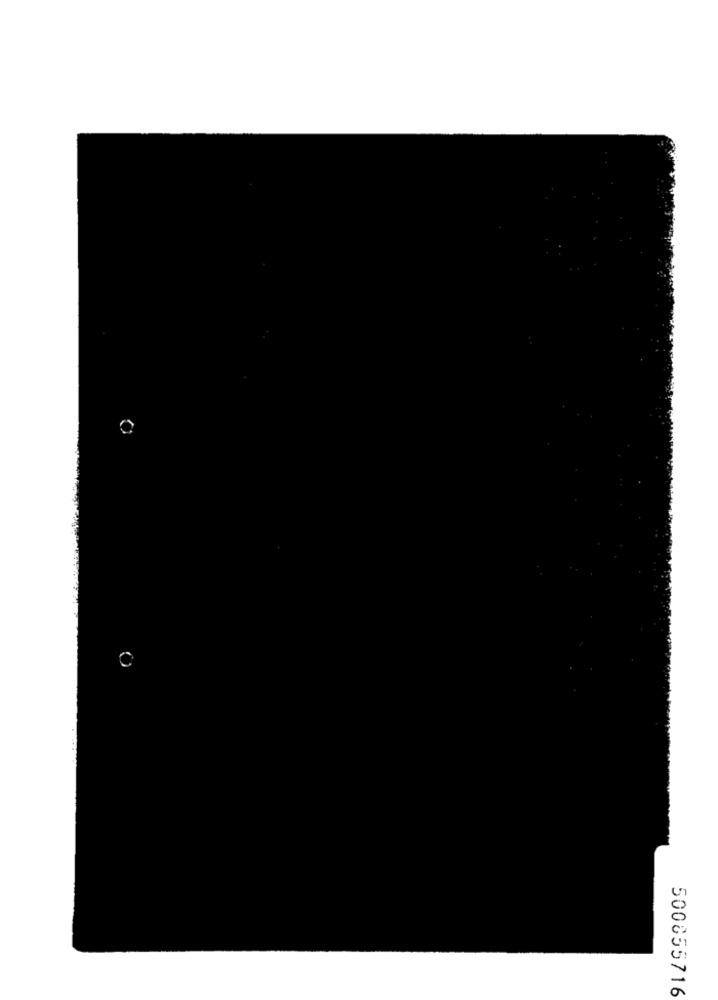
500855716